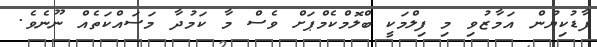
ފާޑުކިޔުން އަމާޒުވި މި ފިލްމަކީ ބްލޮމްކެމްޕަށް ވެސް މާ ކަމުދާ މަސައްކަތެއް ނޫނެވެ.